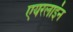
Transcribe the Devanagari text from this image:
एयरलाइंन